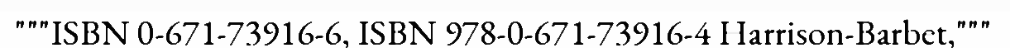
"""ISBN 0-671-73916-6, ISBN 978-0-671-73916-4 Harrison-Barbet,"""